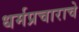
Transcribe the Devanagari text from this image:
धर्मप्रचाराचे